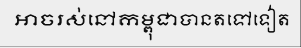
អាចរស់នៅកម្ពុជាបានតទៅទៀត